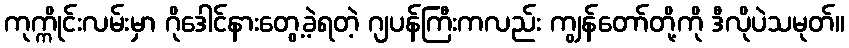
ကုက္ကိုင်းလမ်းမှာ ဂိုဒေါင်နားတွေ့ခဲ့ရတဲ့ ဂျပန်ကြီးကလည်း ကျွန်တော်တို့ကို ဒီလိုပဲသမုတ်။